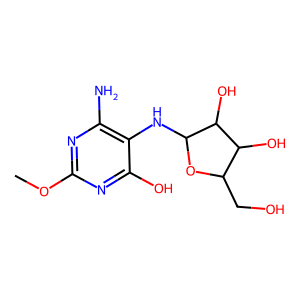
SMILES: COc1nc(N)c(NC2OC(CO)C(O)C2O)c(O)n1
Inhibits HIV replication: No